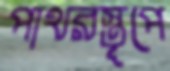
পাথরস্তূপে